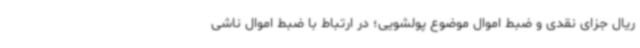
ریال جزای نقدی و ضبط اموال موضوع پولشویی؛ در ارتباط با ضبط اموال ناشی